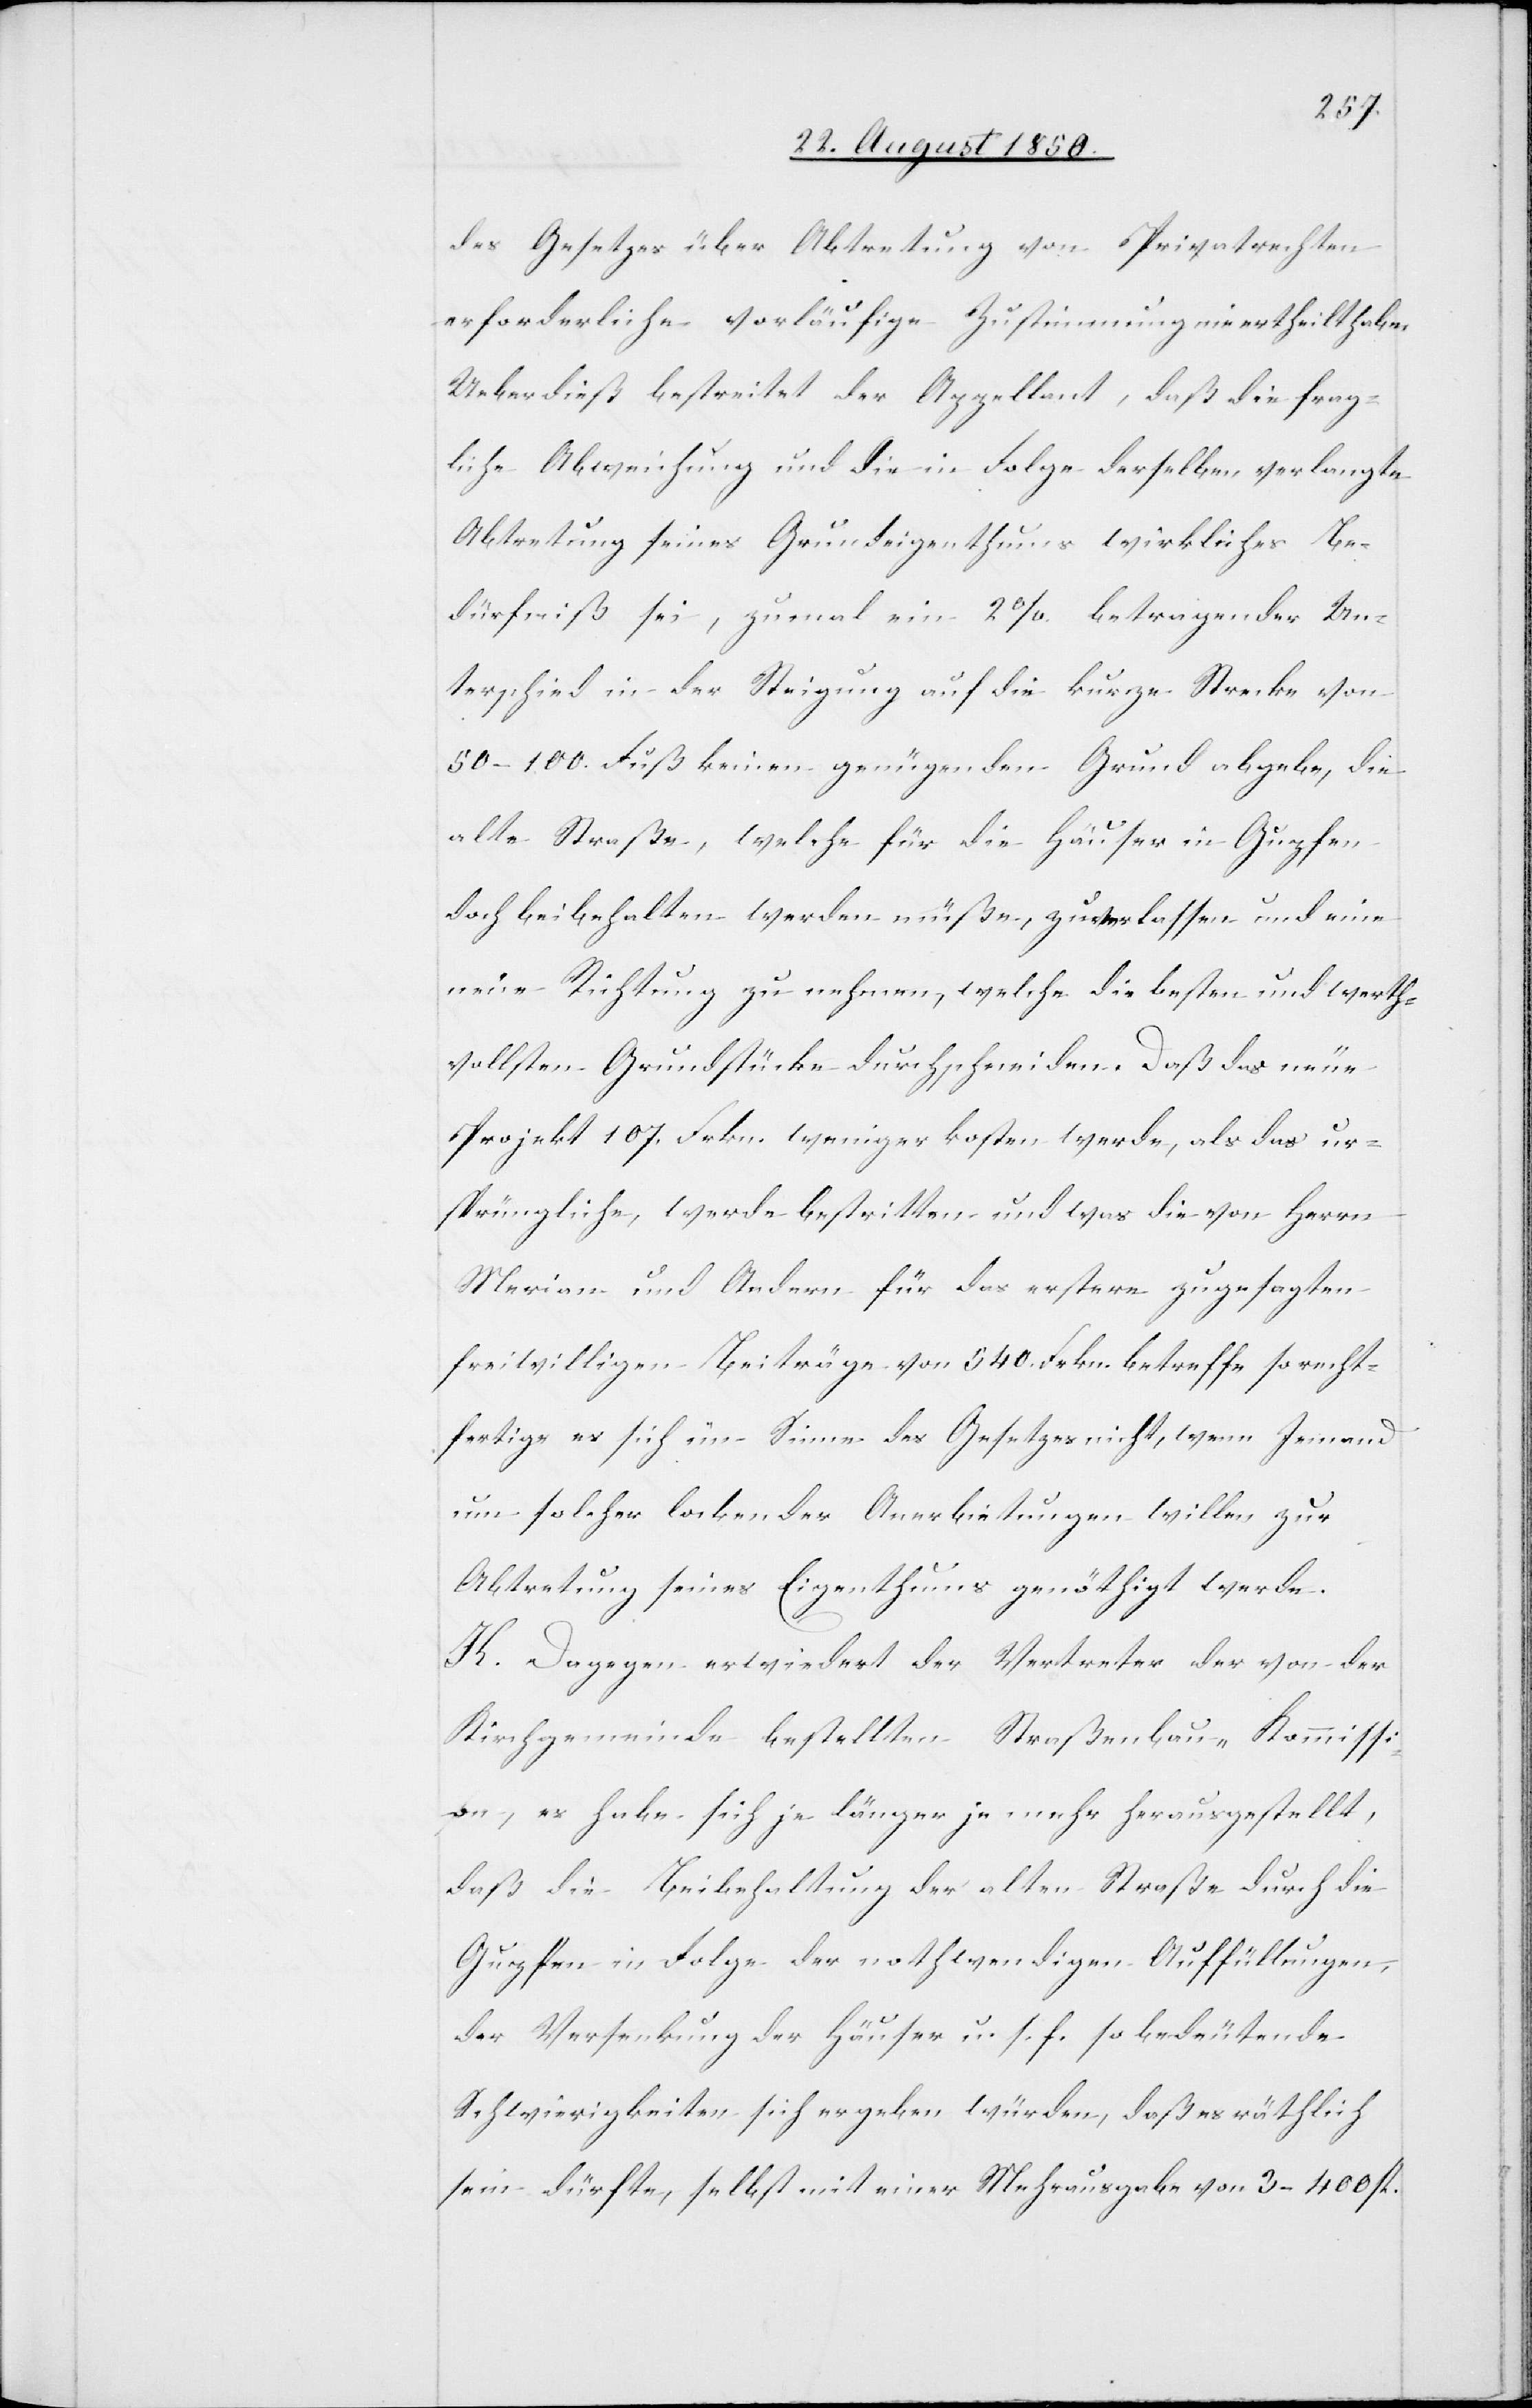
des Gesetzes über Abtretung von Privatrechten
erforderliche vorläufige Zustimmung nie ertheilt habe.
Ueberdieß bestreitet der Appellant, daß die frag¬
liche Abweichung und die in Folge derselben verlangte
Abtretung seines Grundeigenthums wirkliches Be¬
dürfniß sei, zumal ein 2 % betragender Un¬
terschied in der Steigung auf die kurze Strecke von
50–100. Fuß keinen genügenden Grund abgebe, die
alte Straße, welche für die Häuser in Gupfen
doch beibehalten werden müße, zu verlassen und eine
neue Richtung zu nehmen, welche die besten und werth¬
vollsten Grundstücke durchschneiden. Daß das neue
Projekt 107. Frkn. weniger kosten werde, als das ur¬
sprüngliche, werde bestritten und was die von Herrn
Merian und Andern für das erstere zugesagten
freiwilligen Beiträge von 540. Frkn. betreffe so recht¬
fertige es sich im Sinne des Gesetzes nicht, wenn Jemand
um solcher lockender Anerbietungen willen zur
Abtretung seines Eigenthums genöthigt werde.
K. Dagegen erwiedert der Vertreter der von der
Kirchgemeinde bestellten Straßenbau-Kommissi¬
on, es habe sich je länger je mehr herausgestellt,
daß die Beibehaltung der alten Straße durch die
Gupfen in Folge der nothwendigen Auffüllungen,
der Versenkung der Häuser u. s. f. so bedeutende
Schwierigkeiten sich ergeben würden, daß es räthlich
sein dürfte, selbst mit einer Mehrausgabe von 3–400 fl.